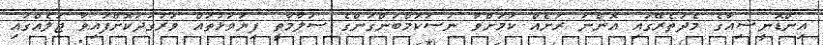
އިންޑޮނީޝިއާގެ މެދުތެރޭގައި އޮންނަ ރަށެއް ކަމަށްވާ ނުސަކަމްބަންގަންގެ ސަލާމާތީ ފިޔަވަޅުތައް ވަރުގަދަކޮށްފައިވާ ޖަލެއްގައި